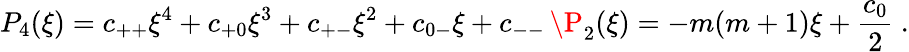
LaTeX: P_{4}(\xi)=c_{++}\xi^{4}+c_{+0}\xi^{3}+c_{+-}\xi^{2}+c_{0-}\xi+c_{--}\, \P_{2}(\xi)=-m(m+1)\xi+{\frac{c_{0}}{2}}\ .